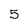
Character: 5